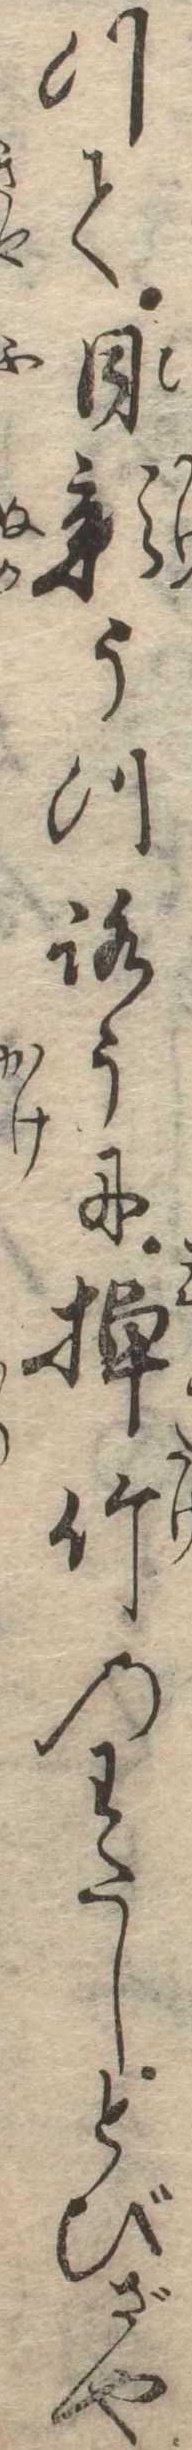
つて日影うつろうに掉竹のわたしとびざや